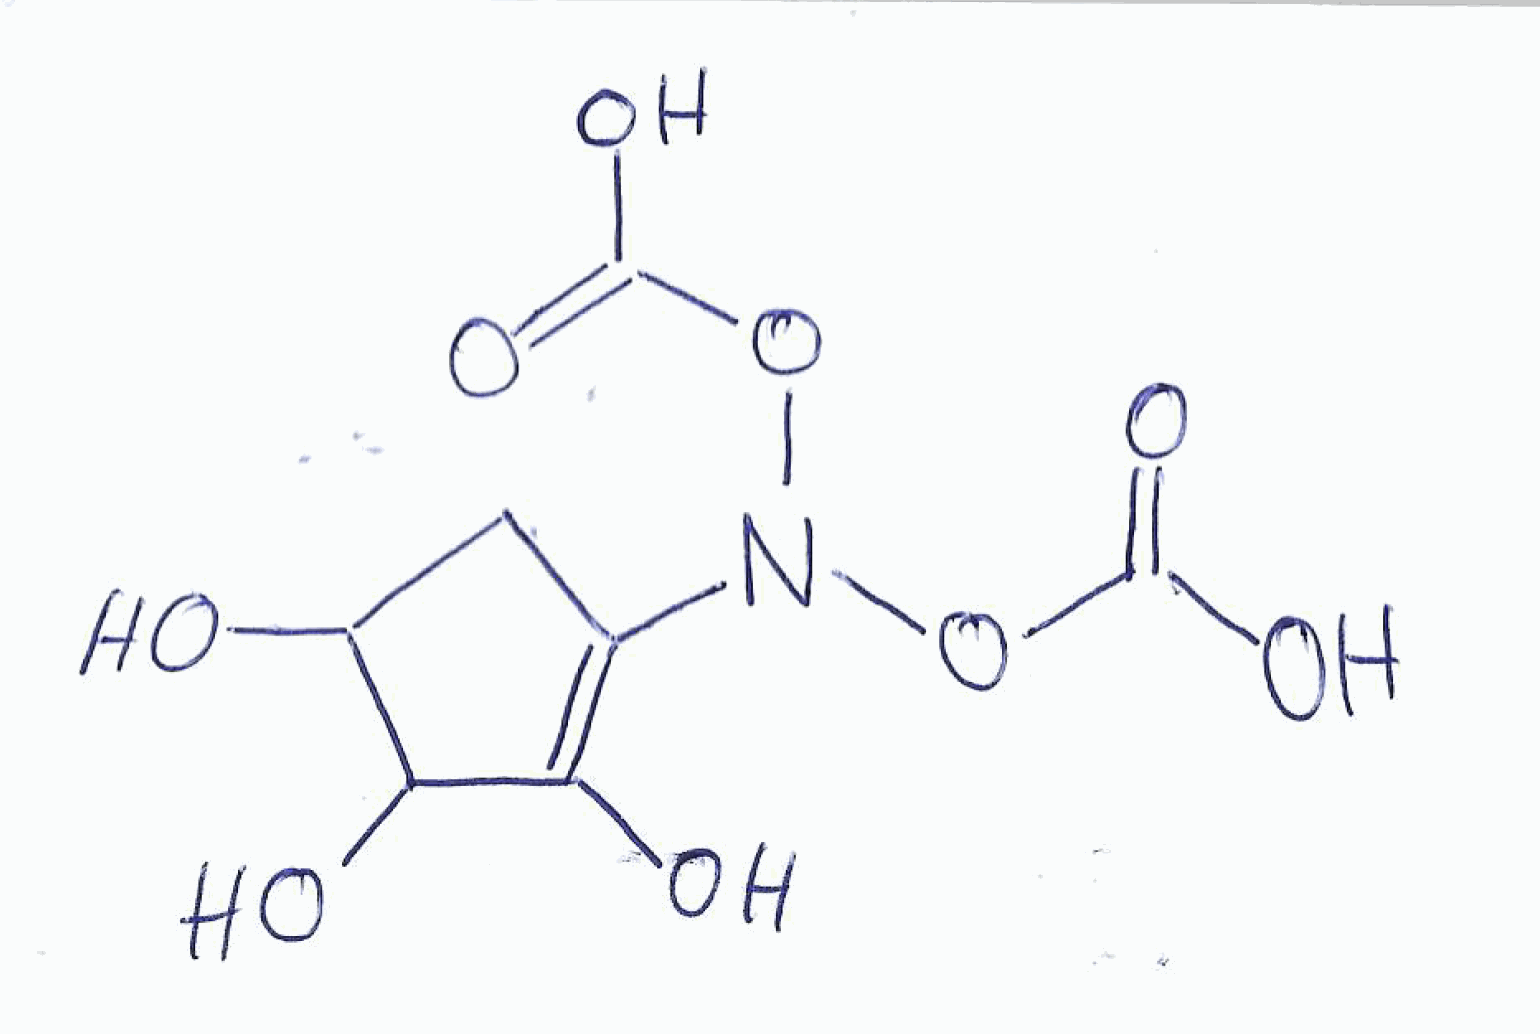
Simplified molecular-input line-entry system (SMILES) notation of the given molecule:
C1C(C(C(=C1N(OC(=O)O)OC(=O)O)O)O)O